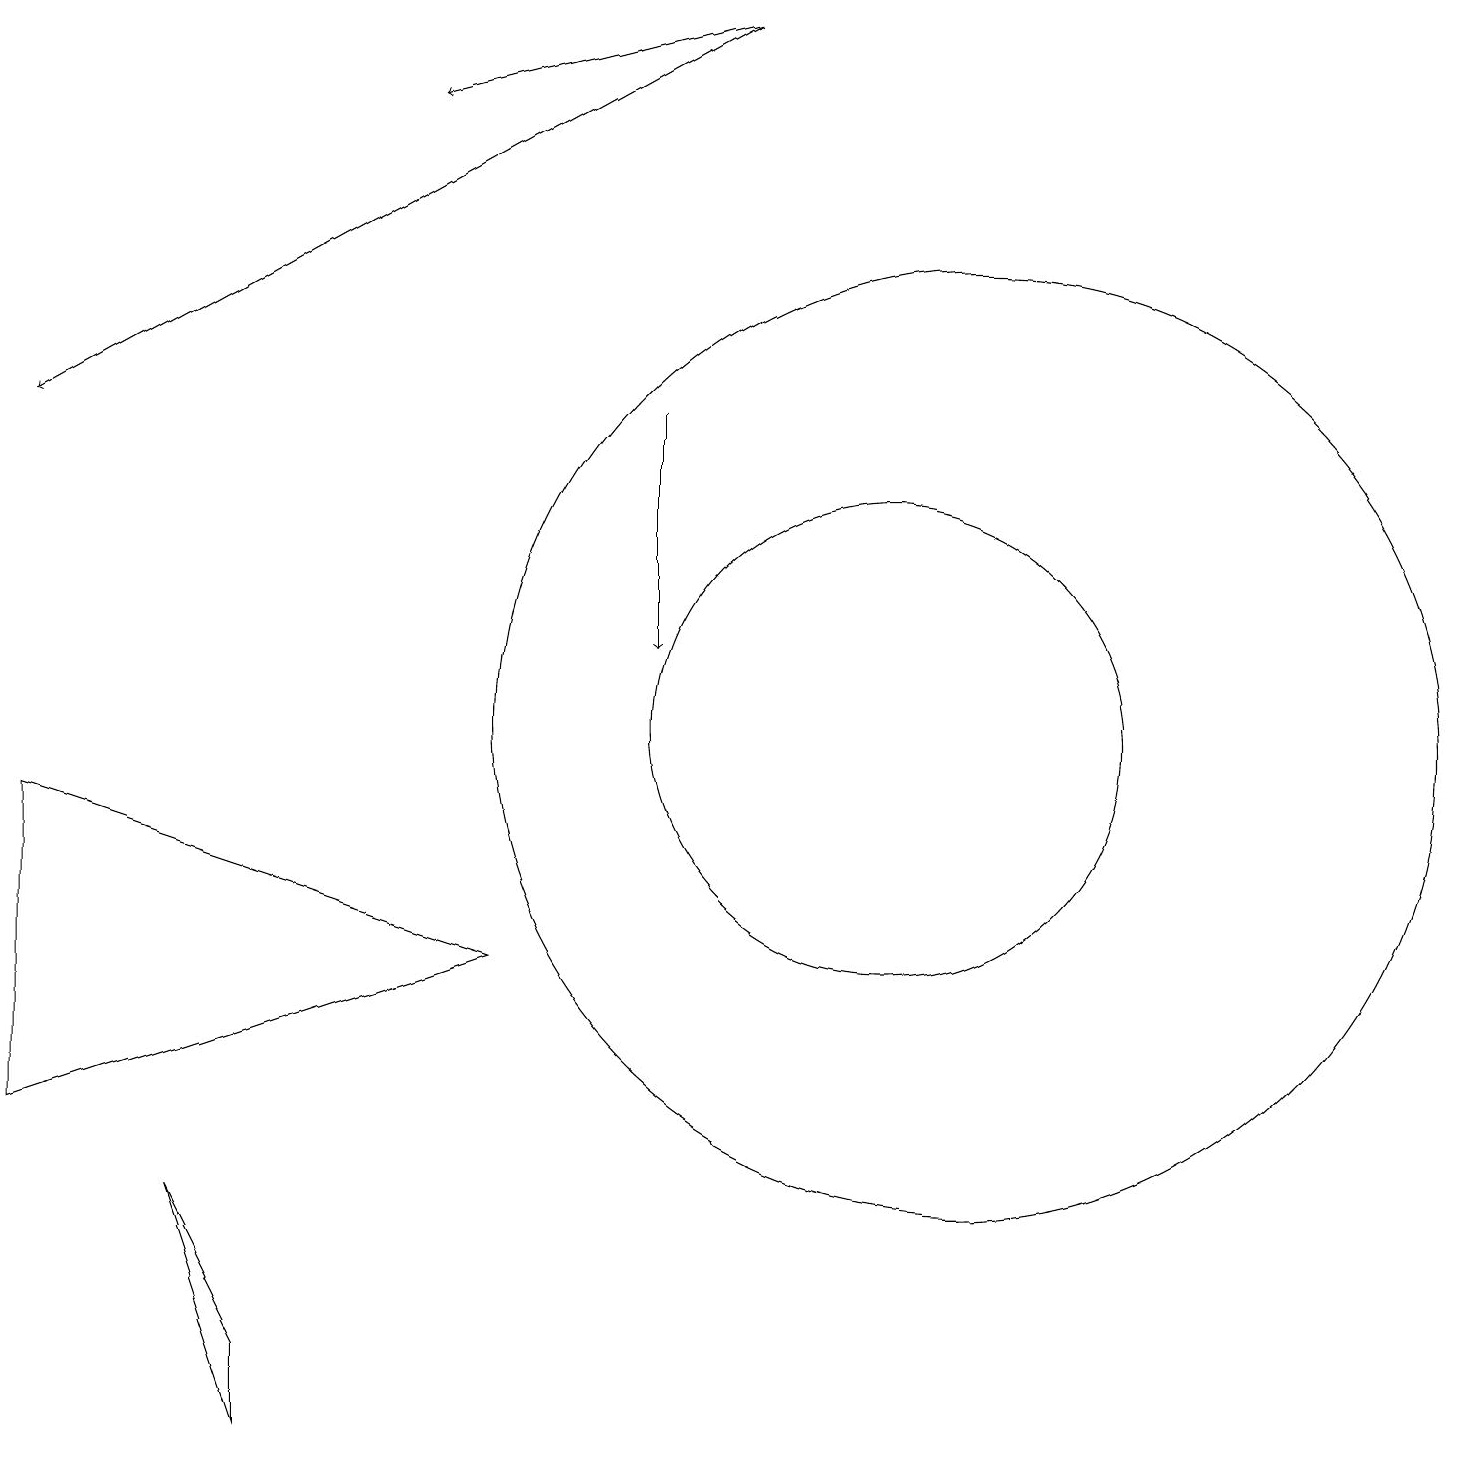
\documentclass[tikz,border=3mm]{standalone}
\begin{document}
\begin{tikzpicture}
\draw[->] (9,19) -- (0,14);
\draw (11,10) circle (3);
\draw (12,10) circle (6);
\draw[->] (9,19) -- (5,18);
\draw (0,5) -- (0,9) -- (6,7) -- cycle;
\draw (3,1) -- (2,4) -- (3,2) -- cycle;
\draw[->] (8,14) -- (8,11);
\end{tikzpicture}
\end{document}